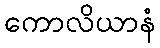
ကောလိယာနံ